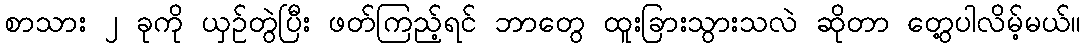
စာသား ၂ ခုကို ယှဉ်တွဲပြီး ဖတ်ကြည့်ရင် ဘာတွေ ထူးခြားသွားသလဲ ဆိုတာ တွေ့ပါလိမ့်မယ်။